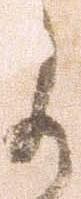
に